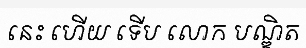
នេះ ហើយ ទើប លោក បណ្ឌិត